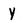
Character: Y